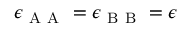
\epsilon _ { \mathrm { ~ A ~ A ~ } } = \epsilon _ { \mathrm { ~ B ~ B ~ } } = \epsilon